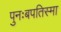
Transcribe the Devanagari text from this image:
पुनःबपतिस्मा